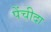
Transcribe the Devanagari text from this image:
पेंचीदा